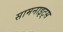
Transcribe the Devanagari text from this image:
सामनाइट्स